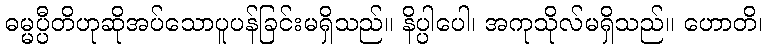
ဓမ္မပ္ပီတိဟုဆိုအပ်သောပူပန်ခြင်းမရှိသည်။ နိပ္ပါပေါ၊ အကုသိုလ်မရှိသည်။ ဟောတိ၊